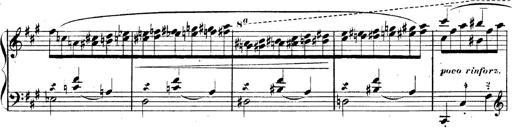
Title: 3 Caprices-Valses
Composer: Franz Liszt